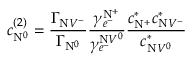
c _ { \mathrm { N } ^ { 0 } } ^ { ( 2 ) } = \frac { \Gamma _ { \mathrm { N } V ^ { - } } } { \Gamma _ { \mathrm { N } ^ { 0 } } } \frac { \gamma _ { e ^ { - } } ^ { \mathrm { N } ^ { + } } } { \gamma _ { e ^ { - } } ^ { \mathrm { N } V ^ { 0 } } } \frac { c _ { \mathrm { N } ^ { + } } ^ { * } c _ { \mathrm { N } V ^ { - } } ^ { * } } { c _ { \mathrm { N } V ^ { 0 } } ^ { * } }